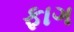
ફાગ